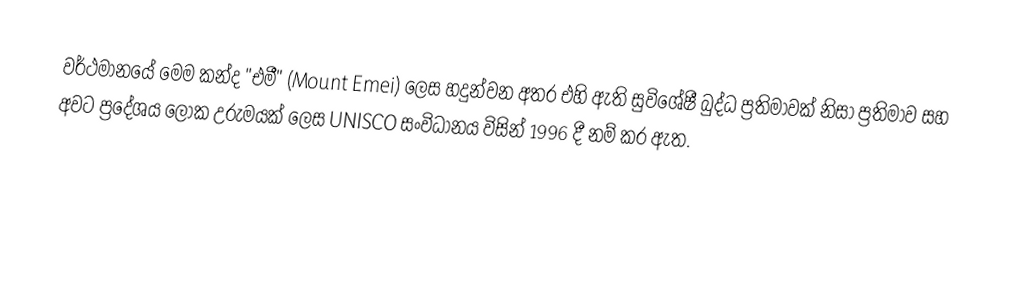
වර්ථමානයේ මෙම කන්ද "එමී" (Mount Emei) ලෙස හදුන්වන අතර එහි ඇති සුවිශේෂී බුද්ධ ප්‍රතිමාවක් නිසා ප්‍රතිමාව සහ අවට ප්‍රදේශය ලෝක උරුමයක් ලෙස UNISCO සංවිධානය විසින් 1996 දී නම් කර ඇත.